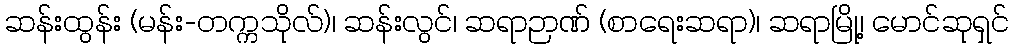
ဆန်းထွန်း (မန်း-တက္ကသိုလ်)၊ ဆန်းလွင်၊ ဆရာဉာဏ် (စာရေးဆရာ)၊ ဆရာမြို့၊ မောင်ဆုရှင်